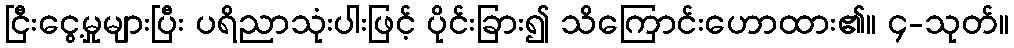
ငြီးငွေ့မှုများပြီး ပရိညာသုံးပါးဖြင့် ပိုင်းခြား၍ သိကြောင်းဟောထား၏။ ၄-သုတ်။